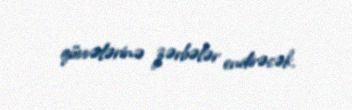
qüvvələrinə zərbələr endirəcək.